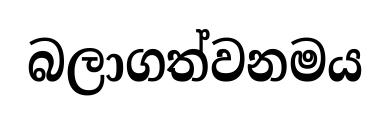
බලාගත්වනමය